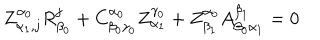
Z _ { \alpha _ { 1 } , j } ^ { \alpha _ { 0 } } R _ { \beta _ { 0 } } ^ { j } + C _ { \beta _ { 0 } \gamma _ { 0 } } ^ { \alpha _ { 0 } } Z _ { \alpha _ { 1 } } ^ { \gamma _ { 0 } } + Z _ { \beta _ { 1 } } ^ { \alpha _ { 0 } } A _ { \beta _ { 0 } \alpha _ { 1 } } ^ { \beta _ { 1 } } = 0